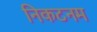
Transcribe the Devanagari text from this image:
निकटनम